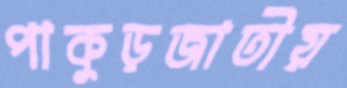
পাকুড়জাতীয়